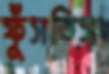
ফুঁসতিস